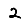
Digit: 2